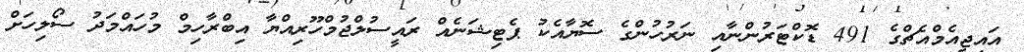
އައިޖީއެމްއެޗްގެ 491 ޑޮކްޓަރުންނާއި ނަރުހުންގެ ސޮޔާއެކު ޕެޓިޝަނެއް ރައީސުލްޖުމްހޫރިއްޔާ އިބްރާހިމް މުހައްމަދު ސޯލިހަށް